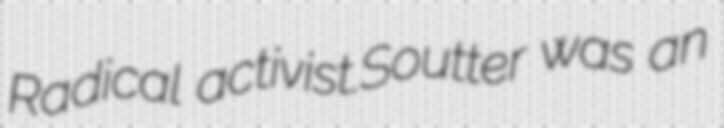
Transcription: Radical activist.Soutter was an